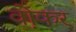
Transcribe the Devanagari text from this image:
व़ोकर